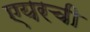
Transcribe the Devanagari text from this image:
एयरची